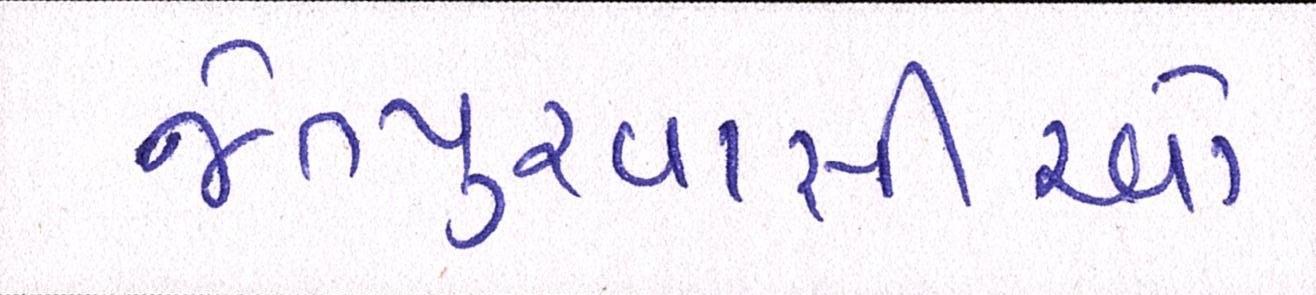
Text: જેતપુરવાસીઓ